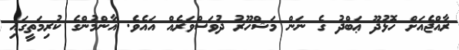
ރާއްޖެއަށް ހޮޅުދޫ ޢަބްދު ގެ ނަން މަޝްހޫރު ދުވަސްވަރެއް އައެވެ. އާންމުންގެ ކުރިމަތީގައި